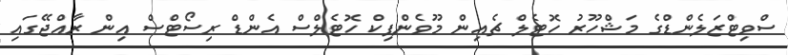
ސްވިޓްޒަލެންޑްގެ މަޝްހޫރު ހޮޓެލް ޗެއިން މޫވެންޕިކް ހޮޓެލްސް އެންޑް ރިސޯޓްސް އިން ރާއްޖޭގައި